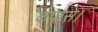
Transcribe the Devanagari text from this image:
कपास।